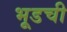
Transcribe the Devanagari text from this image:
भूडची